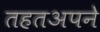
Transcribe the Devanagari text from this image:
तहतअपने